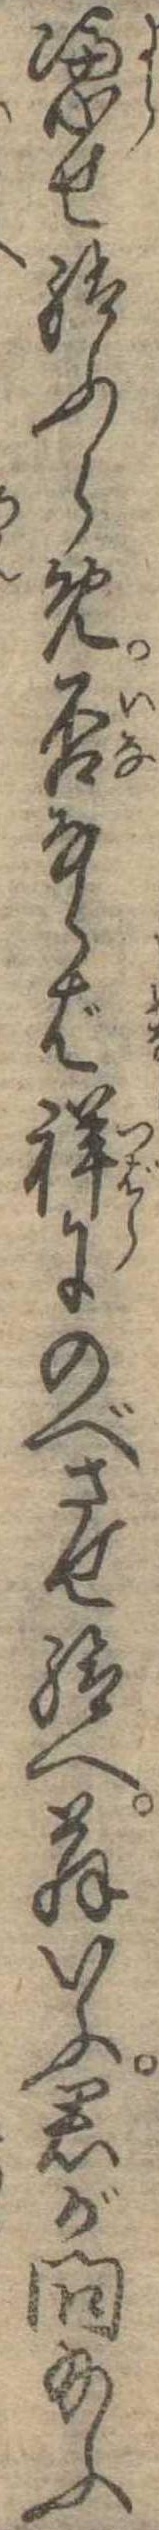
憑せ給ふらめ否ならば詳にのべさせ給へ翁いふ君が問給ふ